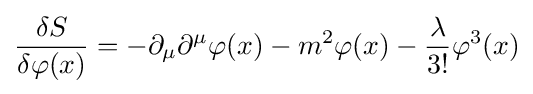
{\frac {\delta S}{\delta \varphi (x)}}=-\partial _{\mu }\partial ^{\mu }\varphi (x)-m^{2}\varphi (x)-{\frac {\lambda }{3!}}\varphi ^{3}(x)